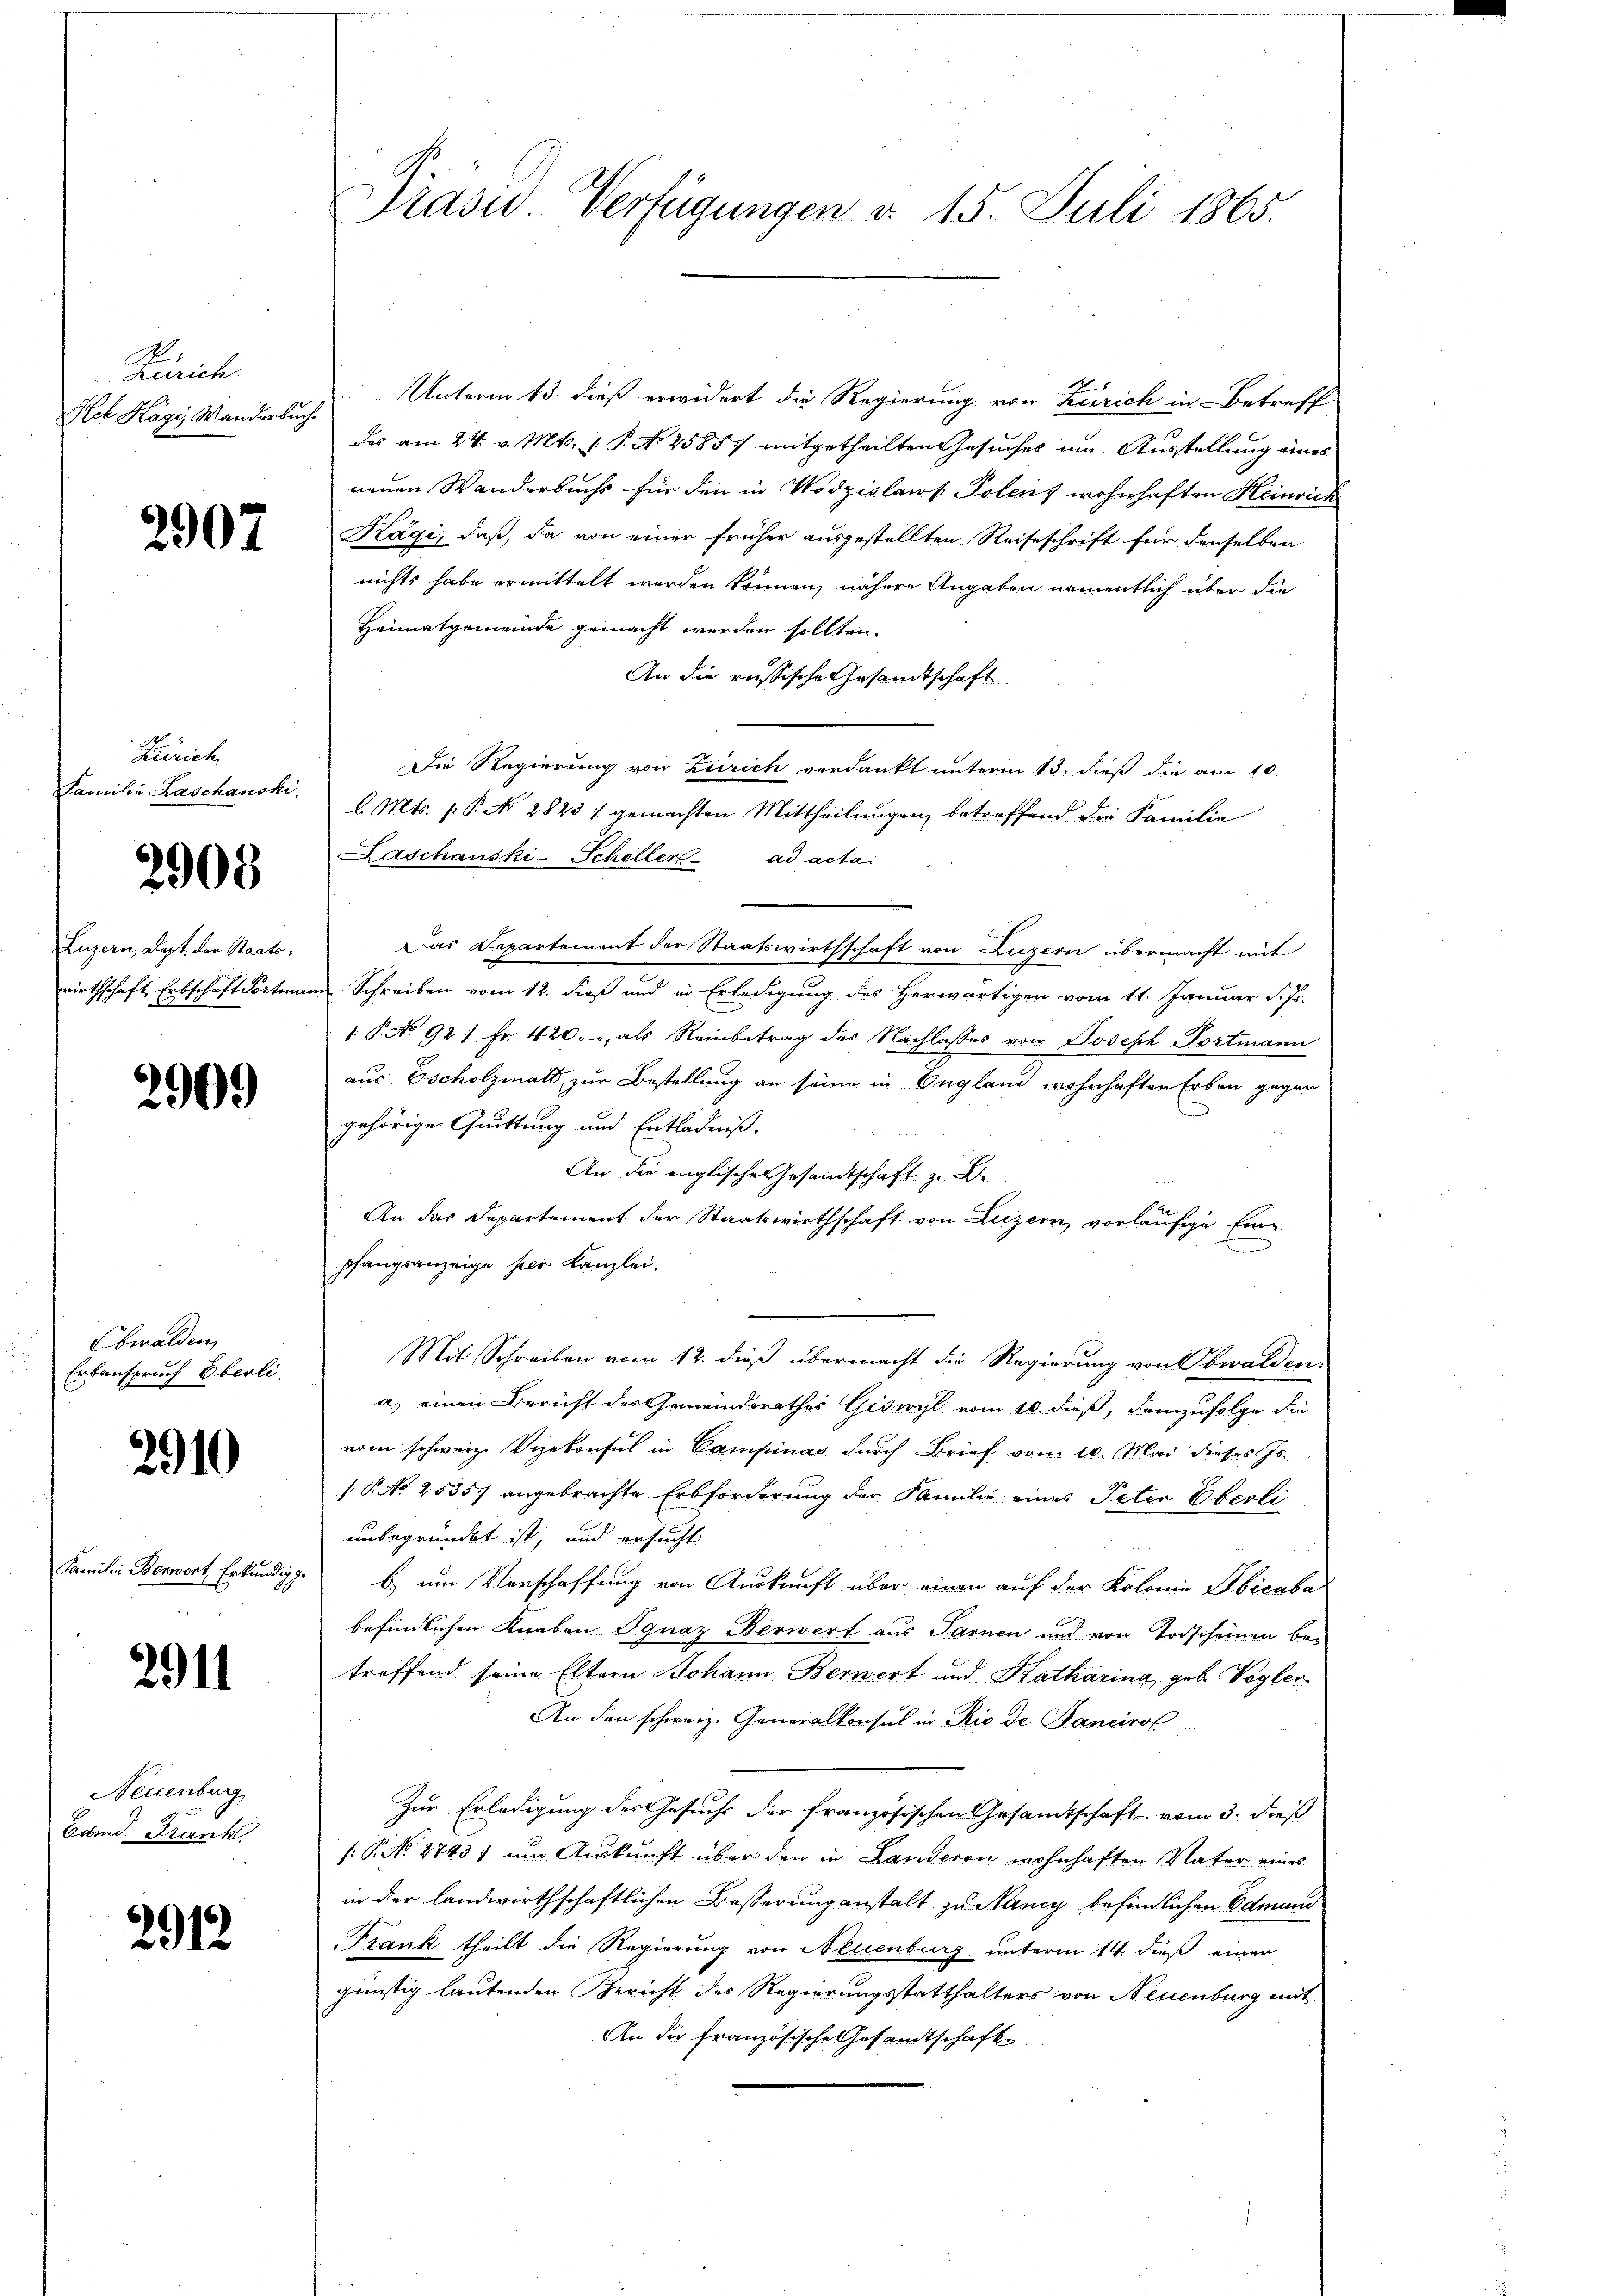
Zürich
Sch Kägi Manderbür

2907

Zürich
Familie Laschauski,

2908

Luzern, Dept. der Staatswirthschaft Erbschäft Portmann

2909

Ebwalden
Erbanspruch Eberli.

2910

Familie Borwert Erkundig

2911

Neuenburg
Edmd. Frank

2912

Präsid. Verfügungen d. 15. Juli 1865.

Unterm 13. dieß erwidert die Regierung von Zürich in Betreff
des am 24. v. Mts. (: P. N. 25857 mitgetheilten Gesuches um Ausstellung eines
neuen Wanderbuchs für den in Wodzislaut Polonis wohnhaften Heinrich
Kägi, daß, da von einen früher ausgestellten Reiseschrift für denselben
nichts habe ermittelt werden können, nähere Angaben namentlich über die
Heimatgemeinde gemacht werden sollten.
An die russische Gesandtschaft
Die Regierung von Zürich verdankt unterm 13. dieß die am 10.
l. Mts. (: P. No 2825 1 gemachten Mittheilungen betreffend die Familie
Laschauski-Scheller ad acta
Das Departement der Staatswirthschaft von Luzern übermacht mit
Schreiben vom 12. dieß und in Erledigung des Herwärtigen vom 11. Januar d. Js.
1 P. No 921 Fr. 420. u als Reinbetrag des Nachlasses von Joseph Portmann
aus Escholzmatt, zur Bestellung an seine in England wohnhaften Erben gegen
gehörige Quittung und Entladniß,
An die englische Gesandtschaft zu B
An das Departement der Staatswirthschaft von Luzern, vorläufige Einpfangsanzeige hier Kanzlei.
Mit Schreiben vom 12. dieß übermacht die Regierung von Obwalden.
a) einen Bericht des Gemeindsrathes Giswyl vom 10. dieß, demzufolge die
vom schweiz. Vizekonsul in Campinas durch Brief vom 10. Mai dieses Is.
[P No 2535) angebrachte Erbforderung der Familie eines Peten Oberliunbegründet ist, und ersucht
b) um Vorschaffung von Auskunft über einen auf der Kolonia Sbicaba
befindlichen Knaben Ignaz Berwert aus Sarnen und von Todscheinen betreffend seine Eltern Johann Berwert und Katharina, geb. Vegler
An den schweiz. Generalkonsul in Rio de Fanciro
Zur Erledigung des Gesucht der französischen Gesamtschaft vom 3. dieß
[P. No. 2743, um Auskunft über den in Landeren wohnhaften Vater eines
in der landwirthschaftlichen Besserung anstalt zu Nancy befindlichen Edmund
Frank theilt die Regierung von Neuenburg unterm 14. dieß einen
günstig lautenden Bericht des Regierungsstatthalters von Neuenburg mit
An die französische Gesandtschaft